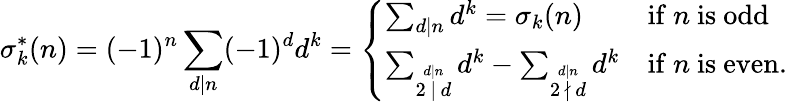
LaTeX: \sigma_{k}^{*}(n)=(-1)^{n}\sum_{d\mid n}(-1)^{d}d^{k}={\left\{ \begin{array}{ll}{\sum_{d\mid n}d^{k}=\sigma_{k}(n)}&{{\mathrm{if~}}n{\mathrm{~is~odd~}}}\\ {\sum_{\stackrel{d\mid n}{2\, \mid\, d}}d^{k}-\sum_{\stackrel{d\mid n}{2\, \nmid\, d}}d^{k}}&{{\mathrm{if~}}n{\mathrm{~is~even}}.}\end{array}\right.}